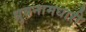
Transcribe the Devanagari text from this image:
ध्रुवनामधारी